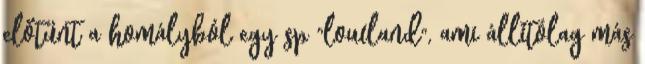
előtűnt a homályból egy sp "lowland", ami állítólag más